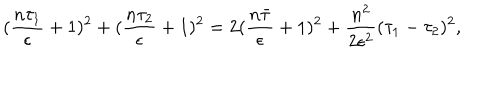
( \frac { n \tau _ { 1 } } { \epsilon } + 1 ) ^ { 2 } + ( \frac { n \tau _ { 2 } } { \epsilon } + 1 ) ^ { 2 } = 2 ( \frac { n \bar { \tau } } { \epsilon } + 1 ) ^ { 2 } + \frac { n ^ { 2 } } { 2 \epsilon ^ { 2 } } ( \tau _ { 1 } - \tau _ { 2 } ) ^ { 2 } ,